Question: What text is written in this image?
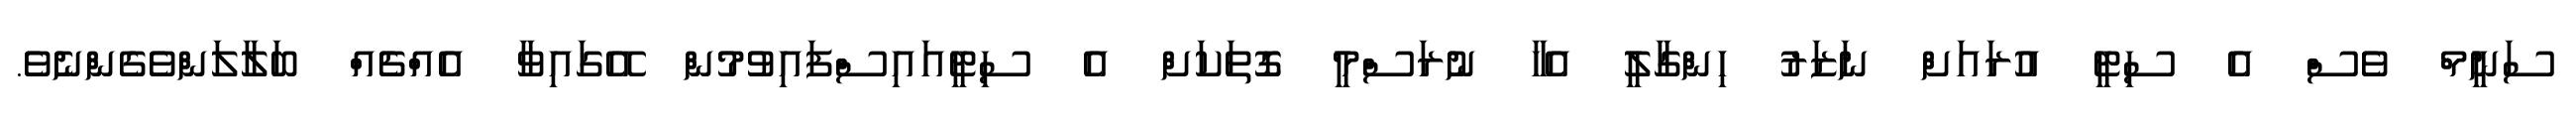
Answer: ސަނީމް ވެސް އެ ސިޓީ އުރައަށް ނަޒަރު ހިންގާލީ އެހާ ނުރަސްމީ ގޮތަކަށް އެ ސިޓީއައިސްފައިވުމުން އޭގައިވާ އެއްޗެއް ބަލާލަންވެގެންނެވެ.